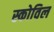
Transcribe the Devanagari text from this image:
स्कोविल